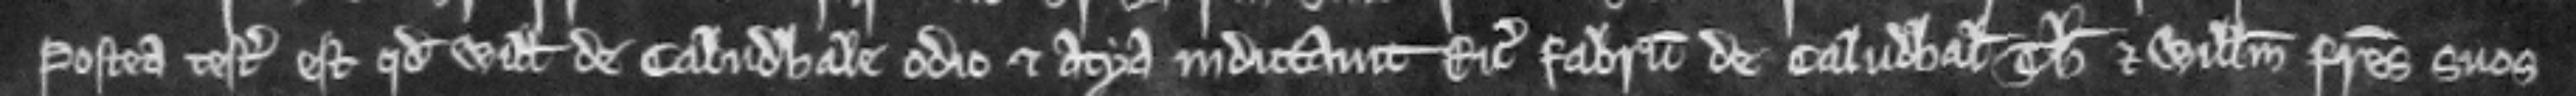
Postea testatum est quod Willelmus de Caludhale odio et atya indictavit Ricardum fabrum de Caludhal Thomam et Willelmum fratres suos